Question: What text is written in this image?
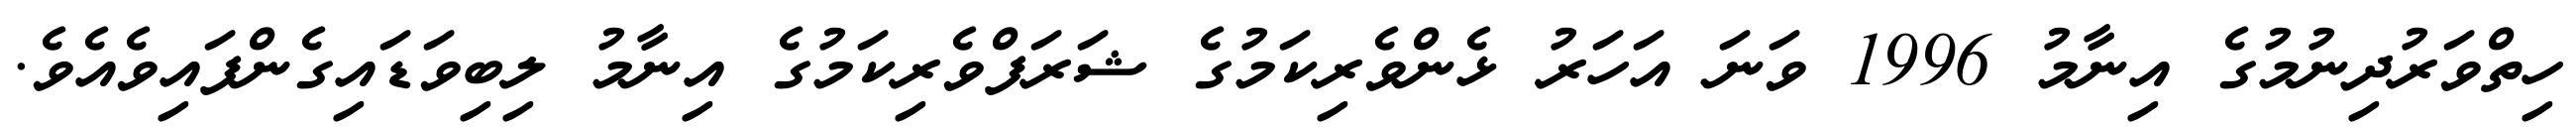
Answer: ހިތްވަރުދިނުމުގެ އިނާމު 1996 ވަނަ އަހަރު ޅެންވެރިކަމުގެ ޝަރަފްވެރިކަމުގެ އިނާމު ލިބިވަޑައިގެންފައިވެއެވެ.